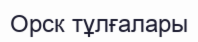
Орск тұлғалары